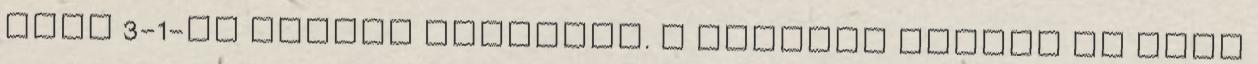
akit 3-1-re tudott legyőzni. A második körben az ezen